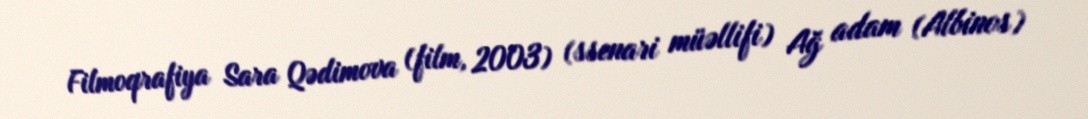
Filmoqrafiya Sara Qədimova (film, 2003) (ssenari müəllifi) Ağ adam (Albinos)